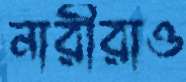
নারীরাও